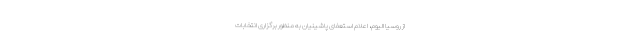
از روسیا الیوم، اعلام استعفای پاشینیان به منظور برگزاری انتخابات